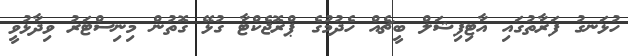
ހުޅަނގު ފަރާތުގައި އާޓިފިޝަލް ބީޗެއް ހެދުމުގެ ޕްރޮޖެކްޓާ ގުޅޭ ގޮތުން މިނިސްޓަރު ވިދާޅުވީ